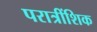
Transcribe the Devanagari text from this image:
परात्रींशिक